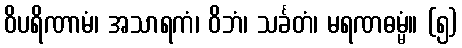
ဝိပရိဏာမံ၊ အသာရကံ၊ ဝိဘံ၊ သင်္ခတံ၊ မရဏဓမ္မံ။ (၅)